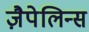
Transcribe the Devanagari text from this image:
ज़ैपेलिन्स